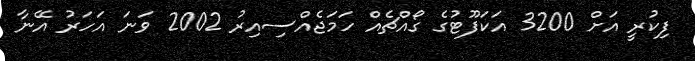
ފިކުރީ އަށް 3200 އަކަފޫޓުގެ ގޯއްޗެއް ހަމަޖެއްސިއިރު 2002 ވަނަ އަހަރު އޭނާ